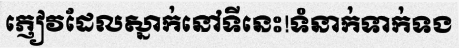
ភ្ញៀវដែលស្នាក់នៅទីនេះ!ទំនាក់ទាក់ទង